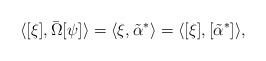
\begin{align*}\langle [\xi] , \bar{\Omega}[\psi] \rangle= \langle \xi , \tilde{\alpha}^* \rangle= \langle [\xi], [\tilde{\alpha}^*] \rangle ,\end{align*}